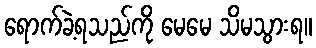
ရောက်ခဲ့ရသည်ကို မေမေ သိမသွားရ။